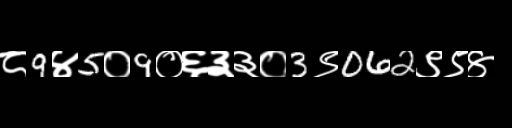
Text: ८9४5०9०६३३०3९062९९४